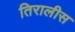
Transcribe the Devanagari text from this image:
तिरालीस